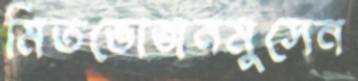
মিতভোজনমুসেন